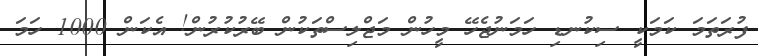
ފުރަތަމަ ކަމަކީ ސިކުނޑި ހަމަނުޖެހޭ މީހުން މަޖްލިސްތަކުން ބޭރުކުރުން! އެކަން 1000 ހަމަ